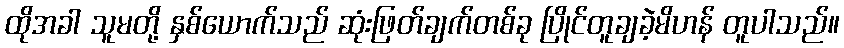
ထိုအခါ သူမတို့ နှစ်ယောက်သည် ဆုံးဖြတ်ချက်တစ်ခု ပြိုင်တူချခဲ့မိဟန် တူပါသည်။